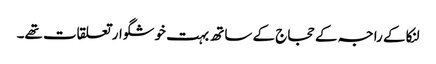
لنکا کے راجہ کے حجاج کے ساتھ بہت خوشگوار تعلقات تھے۔